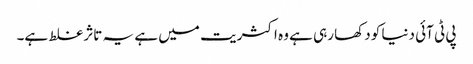
پی ٹی آئی دنیا کو دکھا رہی ہے وہ اکثریت میں ہے یہ تاثر غلط ہے۔